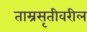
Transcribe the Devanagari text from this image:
ताम्रसृतीवरील